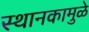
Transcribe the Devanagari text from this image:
स्थानकामुळे